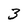
Character: 3